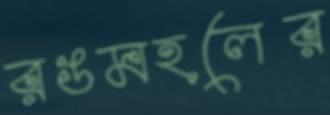
রঙমহলের